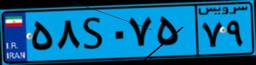
۱۶S۶۳۶۹۳